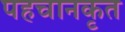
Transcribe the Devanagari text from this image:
पहचानकृत